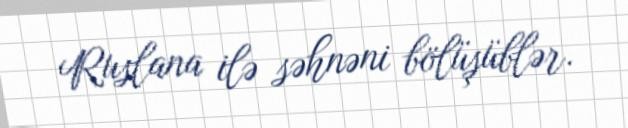
Ruslana ilə səhnəni bölüşüblər.